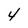
Character: 4